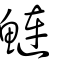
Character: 鰱